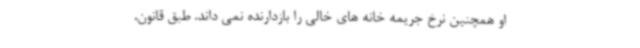
او همچنین نرخ جریمه خانه های خالی را بازدارنده نمی داند. طبق قانون،